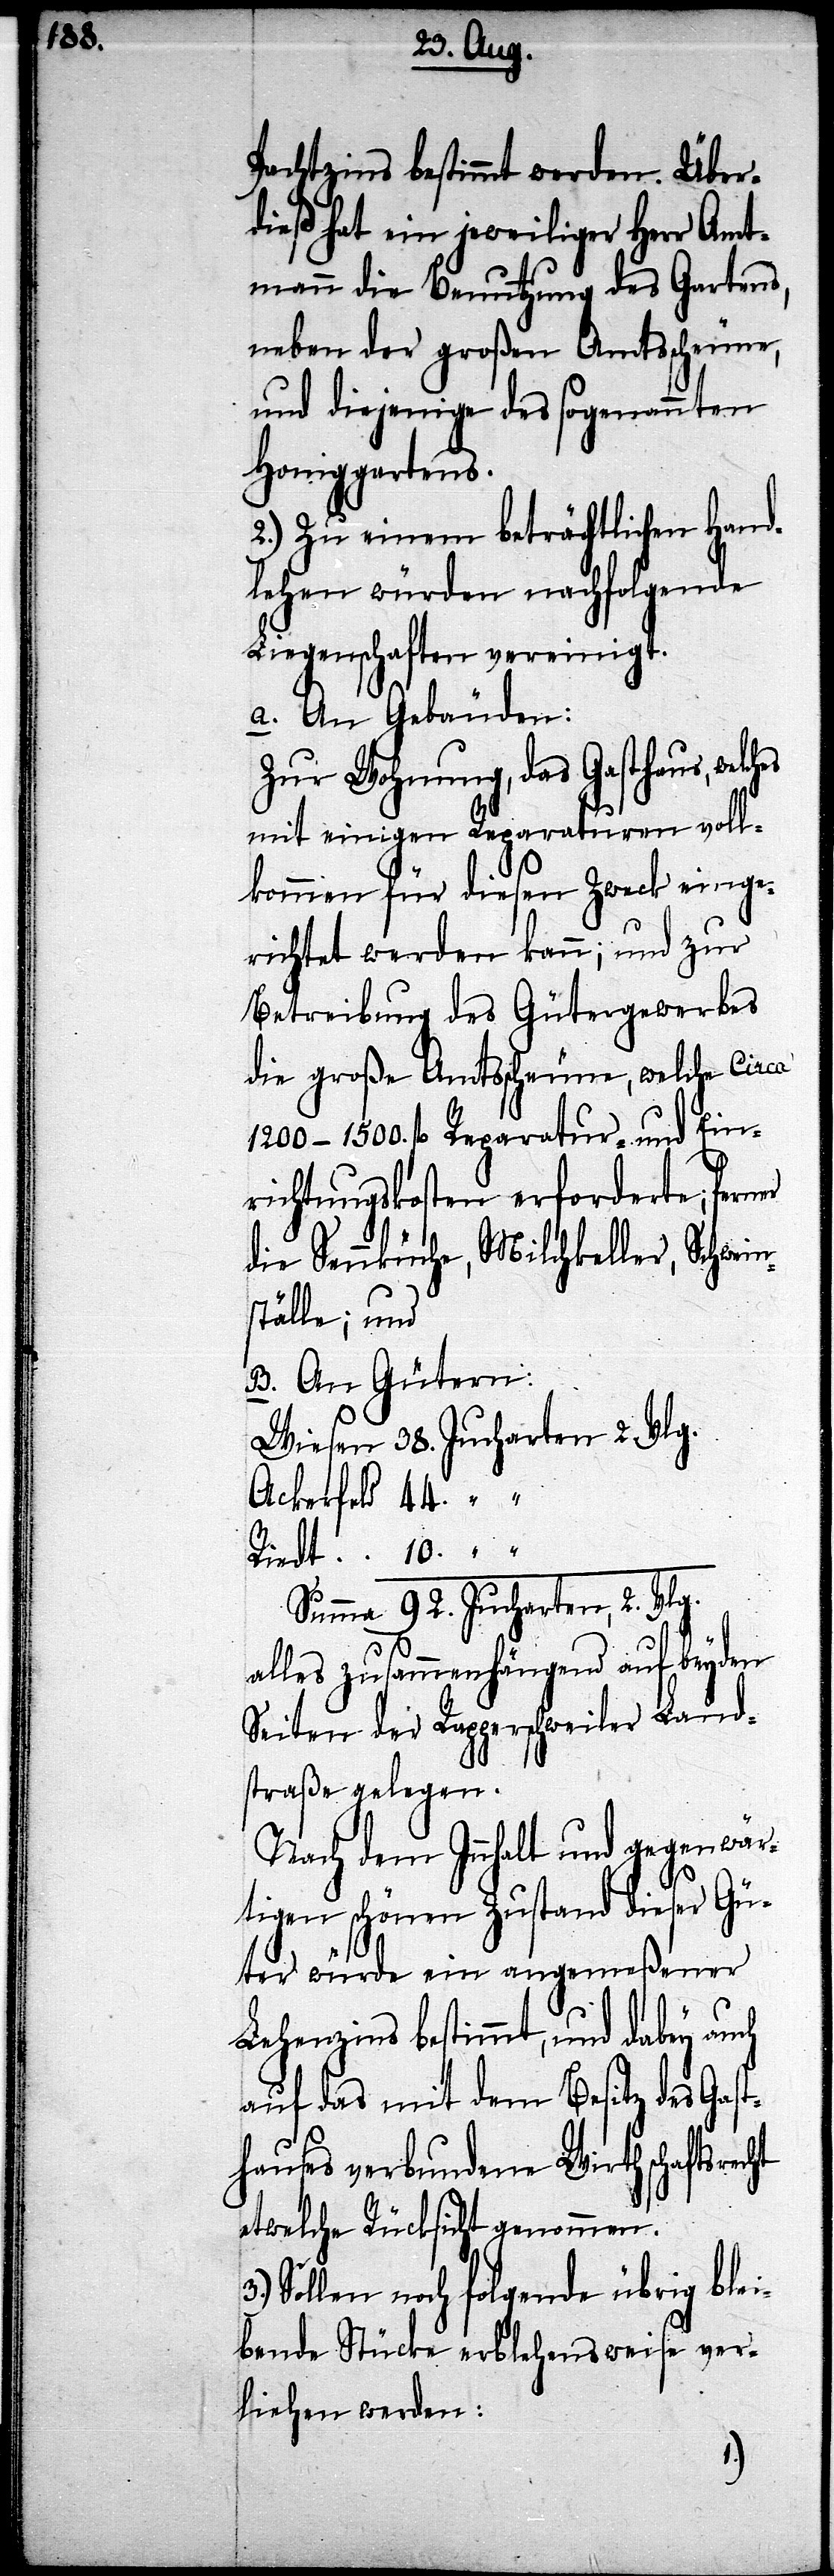
10.

Pachtzins bestimmt werden. Über¬
dieß hat ein jeweiliger Herr Amt¬
mann die Benutzung des Gartens,
neben der großen Amtsscheune,
und diejenige des sogenannten
Honiggartens.
2.) Zu einem beträchtlichen Hand¬
lehen würden nachfolgende
Liegenschaften vereinigt.
a. An Gebäuden:
Zur Wohnung, das Gasthaus,
mit einigen Reparaturen voll¬
kommen für diesen Zweck einge¬
richtet werden kann; und zur
Betreibung des Gütergewerbes
die große Amtsscheune, welche circa
1200–1500. fl. Reparatur- und Ein¬
richtungskosten erforderte;
die Sennküche, Milchkeller, Schwein¬
ställe; und
B. An Gütern:
alles zusammenhängend auf beyden
Seiten der Rapperschweiler Land¬
straße gelegen.
Nach dem Innhalt und gegenwär¬
tigen schönen Zustand dieser Gü¬
ter würde ein angemeßener
Lehenzins bestimmt, und dabey auch
auf das mit dem Besitz des Gast¬
hauses verbundene Wirthschaftsrecht
etwelche Rücksicht genommen.
3.) Sollen noch folgende übrig blei¬
bende Stücke erblehensweise ver¬
liehen werden: